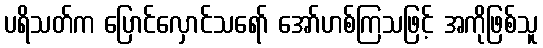
ပရိသတ်က ပြောင်လှောင်သရော် အော်ဟစ်ကြသဖြင့် အကိုဖြစ်သူ